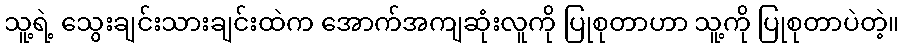
သူ့ရဲ့ သွေးချင်းသားချင်းထဲက အောက်အကျဆုံးလူကို ပြုစုတာဟာ သူ့ကို ပြုစုတာပဲတဲ့။